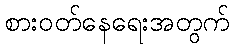
စားဝတ်နေရေးအတွက်